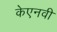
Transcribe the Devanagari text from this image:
केएनवी